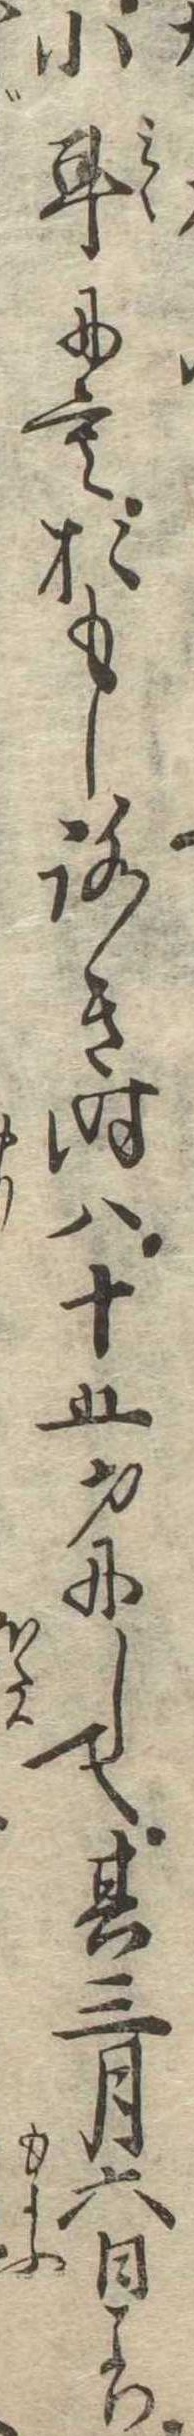
小耳にもおもしろき時は十五才にして其三月六日より